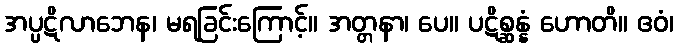
အပ္ပဋိလာဘေန၊ မရခြင်းကြောင့်။ အတ္တနာ၊ ပေ။ ပဋိစ္ဆန္နံ ဟောတိ။ ဧဝံ၊